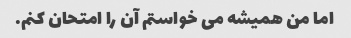
اما من همیشه می خواستم آن را امتحان کنم.